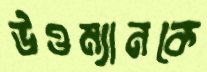
উওম্যানকে